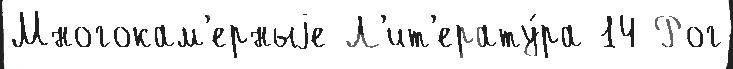
Многокам'ерныjе Л'ит'ерату́ра 14 Рог